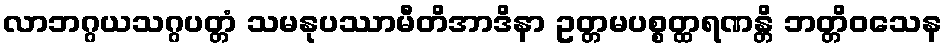
လာဘဂ္ဂယသဂ္ဂပတ္တံ သမနုပဿာမီတိအာဒိနာ ဥတ္တမပစ္စတ္ထရဏန္တိ ဘတ္တိဝသေန